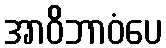
အာဝိဘာဝံပေ